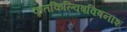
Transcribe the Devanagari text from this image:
कृतकिल्विषविषनाश